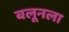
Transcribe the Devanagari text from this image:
बलूनला